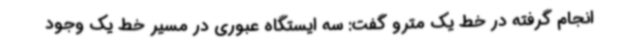
انجام گرفته در خط یک مترو گفت: سه ایستگاه عبوری در مسیر خط یک وجود